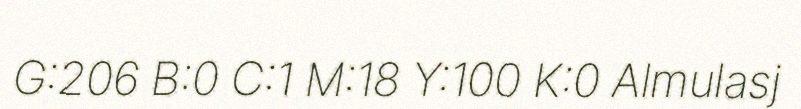
G:206 B:0 C:1 M:18 Y:100 K:0 Almulasj